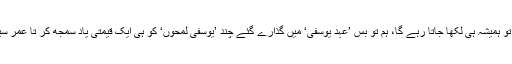
یوسفی صاحب کے فن پر تو ہمیشہ ہی لکھا جاتا رہے گا، ہم تو بس ’عہد یوسفی‘ میں گذارے گئے چند ’یوسفی لمحوں‘ کو ہی ایک قیمتی یاد سمجھ کر تا عمر سینت سینت کر رکھیں گے۔